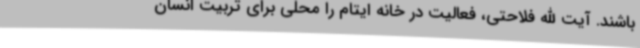
باشند. آیت الله فلاحتی، فعالیت در خانه ایتام را محلی برای تربیت انسان